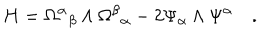
LaTeX: H = { \Omega ^ { \alpha } } _ { \beta } \wedge { \Omega ^ { \beta } } _ { \alpha } - 2 \Psi _ { \alpha } \wedge \Psi ^ { \alpha } \quad .